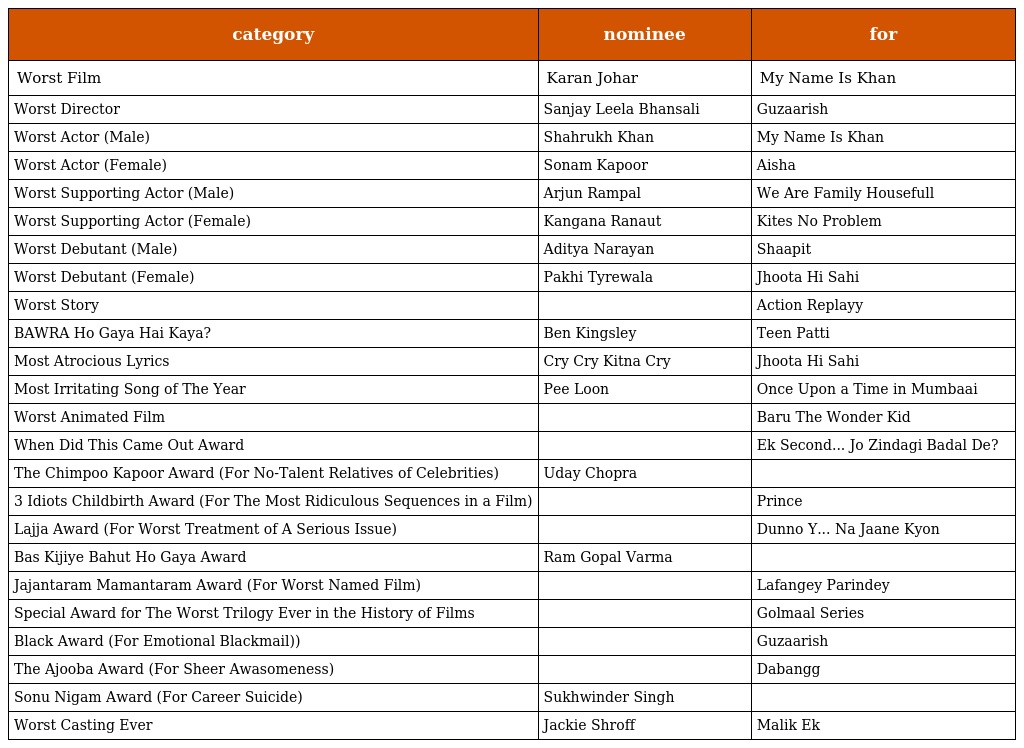
| category | nominee | for |
 | --- | --- | --- |
 | Worst Film | Karan Johar | My Name Is Khan |
 | Worst Director | Sanjay Leela Bhansali | Guzaarish |
 | Worst Actor (Male) | Shahrukh Khan | My Name Is Khan |
 | Worst Actor (Female) | Sonam Kapoor | Aisha |
 | Worst Supporting Actor (Male) | Arjun Rampal | We Are Family Housefull |
 | Worst Supporting Actor (Female) | Kangana Ranaut | Kites No Problem |
 | Worst Debutant (Male) | Aditya Narayan | Shaapit |
 | Worst Debutant (Female) | Pakhi Tyrewala | Jhoota Hi Sahi |
 | Worst Story |  | Action Replayy |
 | BAWRA Ho Gaya Hai Kaya? | Ben Kingsley | Teen Patti |
 | Most Atrocious Lyrics | Cry Cry Kitna Cry | Jhoota Hi Sahi |
 | Most Irritating Song of The Year | Pee Loon | Once Upon a Time in Mumbaai |
 | Worst Animated Film |  | Baru The Wonder Kid |
 | When Did This Came Out Award |  | Ek Second... Jo Zindagi Badal De? |
 | The Chimpoo Kapoor Award (For No-Talent Relatives of Celebrities) | Uday Chopra |  |
 | 3 Idiots Childbirth Award (For The Most Ridiculous Sequences in a Film) |  | Prince |
 | Lajja Award (For Worst Treatment of A Serious Issue) |  | Dunno Y... Na Jaane Kyon |
 | Bas Kijiye Bahut Ho Gaya Award | Ram Gopal Varma |  |
 | Jajantaram Mamantaram Award (For Worst Named Film) |  | Lafangey Parindey |
 | Special Award for The Worst Trilogy Ever in the History of Films |  | Golmaal Series |
 | Black Award (For Emotional Blackmail)) |  | Guzaarish |
 | The Ajooba Award (For Sheer Awasomeness) |  | Dabangg |
 | Sonu Nigam Award (For Career Suicide) | Sukhwinder Singh |  |
 | Worst Casting Ever | Jackie Shroff | Malik Ek |